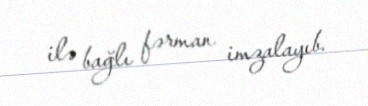
ilə bağlı fərman imzalayıb.